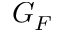
G _ { F }